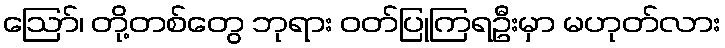
ဩော်၊ တို့တစ်တွေ ဘုရား ဝတ်ပြုကြရဦးမှာ မဟုတ်လား